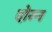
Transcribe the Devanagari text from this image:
दोरन